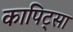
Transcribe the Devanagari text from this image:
कापिट्सा